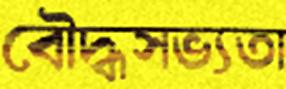
বৌদ্ধসভ্যতা